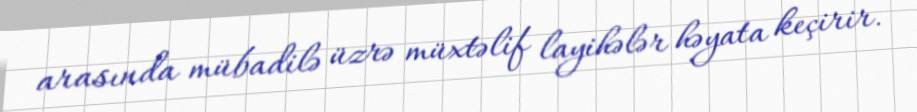
arasında mübadilə üzrə müxtəlif layihələr həyata keçirir.